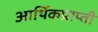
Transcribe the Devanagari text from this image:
आर्थिकप्राप्ती